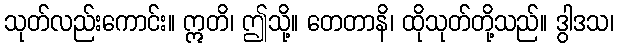
သုတ်လည်းကောင်း။ ဣတိ၊ ဤသို့။ တေတာနိ၊ ထိုသုတ်တို့သည်။ ဒွါဒသ၊